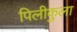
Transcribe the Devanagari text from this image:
पिलीकुला